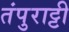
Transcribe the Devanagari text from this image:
तंपुराट्टी